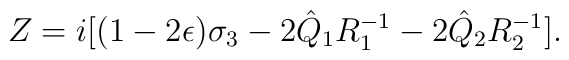
Z=i[(1-2\epsilon)\sigma_3-2\hat Q_1R_1^{-1}-2\hat Q_2R_2^{-1}].